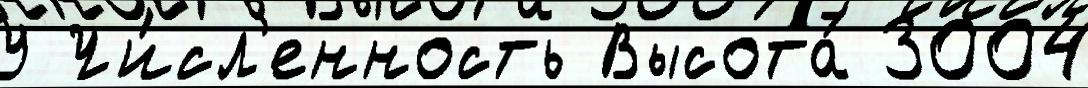
У Чи́сл'енность Высота́ 3004